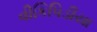
વીકિપિડીયા